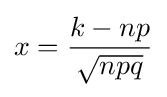
x={\frac {k-np}{\sqrt {npq}}}